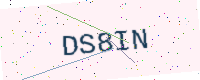
Text: DS8IN